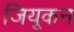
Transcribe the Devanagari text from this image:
जियूकन